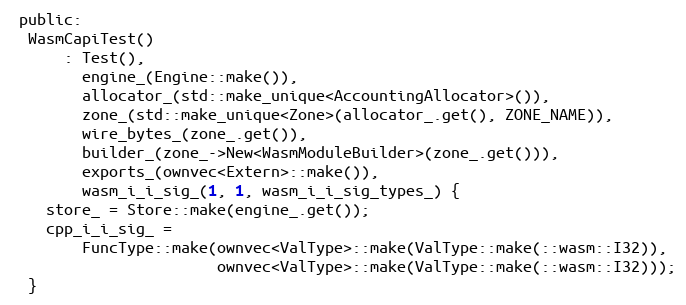
Language: C
 public:
  WasmCapiTest()
      : Test(),
        engine_(Engine::make()),
        allocator_(std::make_unique<AccountingAllocator>()),
        zone_(std::make_unique<Zone>(allocator_.get(), ZONE_NAME)),
        wire_bytes_(zone_.get()),
        builder_(zone_->New<WasmModuleBuilder>(zone_.get())),
        exports_(ownvec<Extern>::make()),
        wasm_i_i_sig_(1, 1, wasm_i_i_sig_types_) {
    store_ = Store::make(engine_.get());
    cpp_i_i_sig_ =
        FuncType::make(ownvec<ValType>::make(ValType::make(::wasm::I32)),
                       ownvec<ValType>::make(ValType::make(::wasm::I32)));
  }